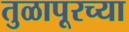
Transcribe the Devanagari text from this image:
तुळापूरच्या